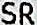
SR